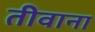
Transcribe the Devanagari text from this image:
तीवाना